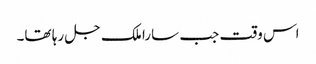
اس وقت جب سارا ملک جل رہا تھا۔